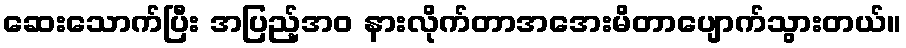
ဆေးသောက်ပြီး အပြည့်အဝ နားလိုက်တာအအေးမိတာပျောက်သွားတယ်။